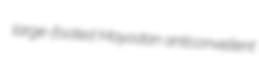
large-footed Mayodan anticonvellent